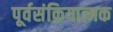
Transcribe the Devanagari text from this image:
पूर्वसंक्रियात्मक